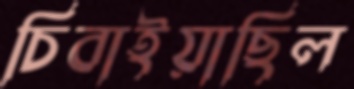
চিবাইয়াছিল